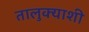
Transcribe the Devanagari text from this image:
तालुक्‍याशी